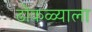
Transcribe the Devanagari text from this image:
ढोकळ्याला